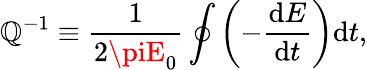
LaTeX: \mathbb{Q}^{-1}\equiv\frac{{1}}{{2\piE_{0}}}\oint\left(-\frac{{\mathrm{{d}}E}}{{\mathrm{{d}}t}}\right)\mathrm{{d}}t,